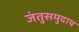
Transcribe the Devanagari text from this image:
जंतुसमुदाय